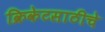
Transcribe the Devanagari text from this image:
क्रिकेटसाठीचे